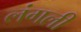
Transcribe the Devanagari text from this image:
लंगली